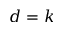
d = k